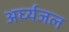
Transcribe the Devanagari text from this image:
अर्घ्यजल